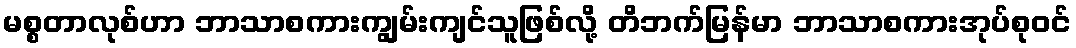
မစ္စတာလုစ်ဟာ ဘာသာစကားကျွမ်းကျင်သူဖြစ်လို့ တိဘက်မြန်မာ ဘာသာစကားအုပ်စုဝင်